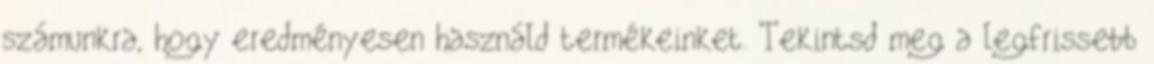
számunkra, hogy eredményesen használd termékeinket. Tekintsd meg a legfrissebb